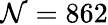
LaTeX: \mathcal{N}=862